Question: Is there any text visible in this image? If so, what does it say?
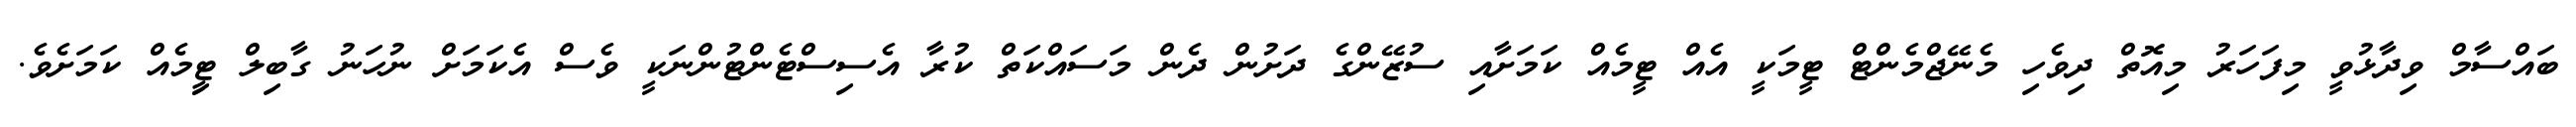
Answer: ބައްސާމް ވިދާޅުވީ މިފަހަރު މިއޮތް ދިވެހި މެނޭޖްމެންޓް ޓީމަކީ އެއް ޓީމެއް ކަމަށާއި ސުޒޭންގެ ދަށުން ދެން މަސައްކަތް ކުރާ އެސިސްޓެންޓުންނަކީ ވެސް އެކަމަށް ނުހަނު ގާބިލް ޓީިމެއް ކަމަށެވެ.